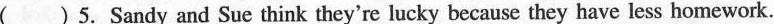
() 5.Sandy and Sue think they're lucky because they have less homework.